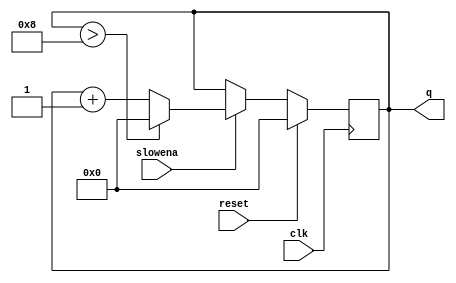
module top_module (
    input clk,
    input slowena,
    input reset,
    output [3:0] q);
    
    always@(posedge clk) begin
        if(reset)
            q<=0;
        else begin
            //dont forget ~slowena case
            if(~slowena)
                q<=q;
            else begin
                if(q>8)
                    q<=0;
                else
                    q<=q+1;
            end
        end
    end

endmodule